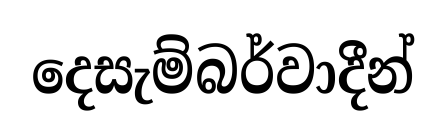
දෙසැම්බර්වාදීන්